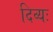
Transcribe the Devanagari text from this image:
दिव्यः